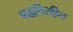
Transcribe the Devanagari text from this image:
पद्धतिरहित